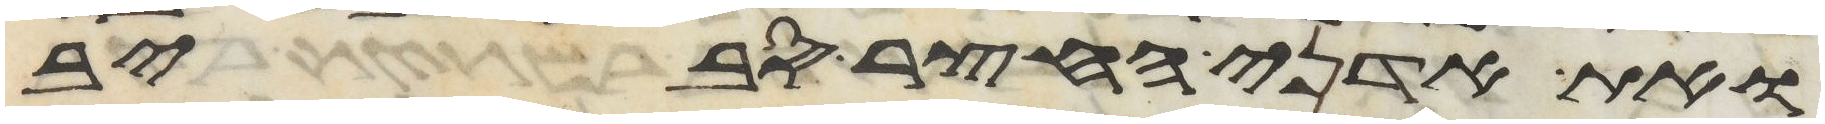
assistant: ואת אדני החצר סביב